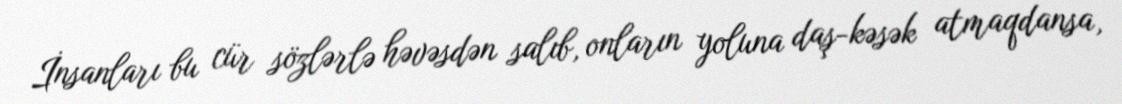
İnsanları bu cür sözlərlə həvəsdən salıb, onların yoluna daş-kəsək atmaqdansa,